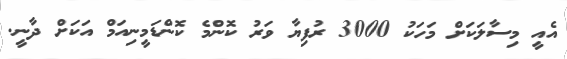
އެއީ މިސާލަކަށް މަހަކު 3000 ރުފިޔާ ވަރު ކޮންމެ ކޮންޑަމީނިއަމް އަކަށް ދާނީ.